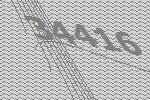
34416